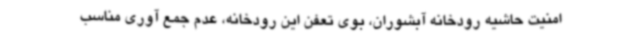
امنیت حاشیه رودخانه آبشوران، بوی تعفن این رودخانه، عدم جمع آوری مناسب